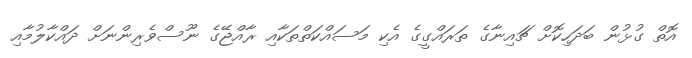
އޮތް ގުޅުން ބަދަހިކޮށް ޗައިނާގެ ތަރައްގީގެ އެކި މަސައްކަތްތަކާއި ރާއްޖޭގެ ނޫސްވެރިންނަށް ދައްކާލުމާއި